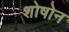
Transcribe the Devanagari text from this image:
शोषोन